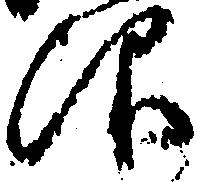
仰